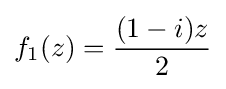
f_{1}(z)={\frac {(1-i)z}{2}}